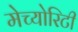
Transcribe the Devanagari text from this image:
मेच्योरिटी